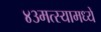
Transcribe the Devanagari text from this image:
४३मत्स्यामध्यें